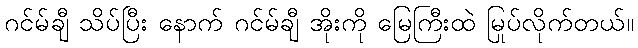
ဂင်မ်ချီ သိပ်ပြီး နောက် ဂင်မ်ချီ အိုးကို မြေကြီးထဲ မြုပ်လိုက်တယ်။